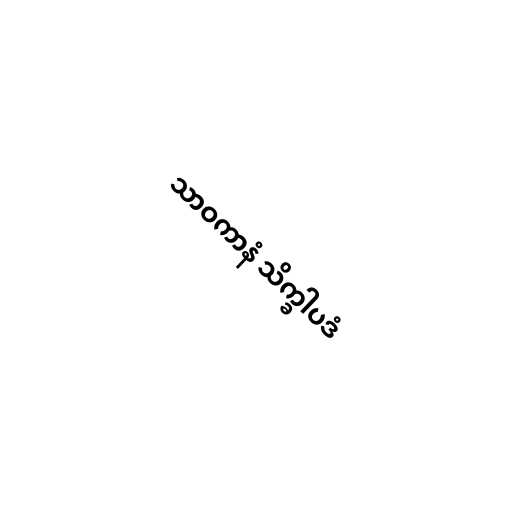
သာဝကာနံ သိက္ခါပဒံ